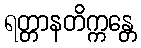
ရတ္တာနတိက္ကန္တေ